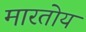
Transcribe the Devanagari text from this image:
मारतोय